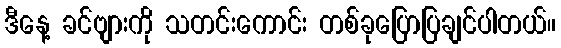
ဒီနေ့ ခင်ဗျားကို သတင်းကောင်း တစ်ခုပြောပြချင်ပါတယ်။